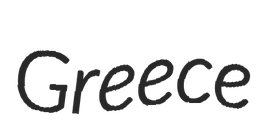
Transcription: Greece